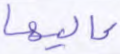
عاليها